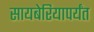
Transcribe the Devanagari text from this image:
सायबेरियापर्यंत